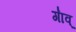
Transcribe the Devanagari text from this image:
गा॑व्